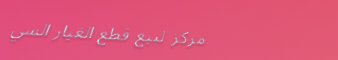
مركز لبيع قطع الغيار السي